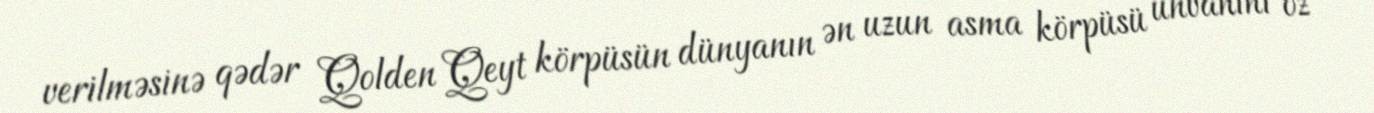
verilməsinə qədər Qolden Qeyt körpüsün dünyanın ən uzun asma körpüsü ünvanını öz